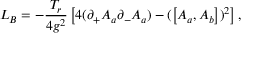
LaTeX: L _ { B } = - \frac { T _ { r } } { 4 g ^ { 2 } } \left[ 4 ( \partial _ { + } A _ { a } \partial _ { - } A _ { a } ) - ( \left[ A _ { a } , A _ { b } \right] ) ^ { 2 } \right] ,